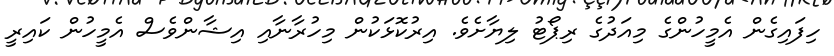
ހިފައިގެން އެމީހުންގެ މިއަދުގެ ރިޕޯޓު ލިޔާށެވެ. އިރުކޮޅަކުން މިހުރާނާއި އިޝާންވެސް އެމީހުން ކައިރީ